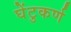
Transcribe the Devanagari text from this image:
घेंटुकर्ण